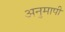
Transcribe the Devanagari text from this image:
अनुमापी